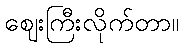
ဈေးကြီးလိုက်တာ။